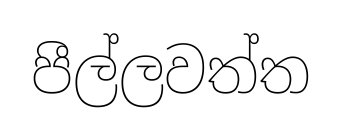
පීල්ලවත්ත